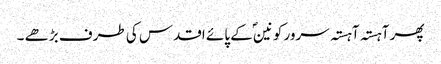
پھر آہستہ آہستہ سرور کونینؐ کے پائے اقدس کی طرف بڑھے ۔